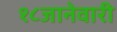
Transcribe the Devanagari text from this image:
१८जानेवारी